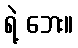
ရဲ့ ဘေး။